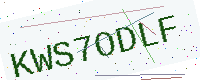
Text: KWS7ODLF